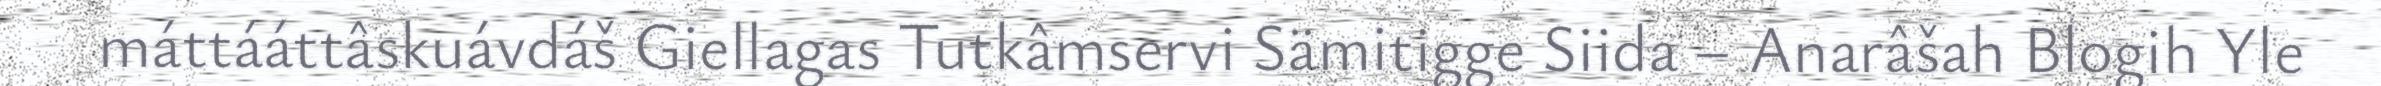
máttááttâskuávdáš Giellagas Tutkâmservi Sämitigge Siida – Anarâšah Blogih Yle